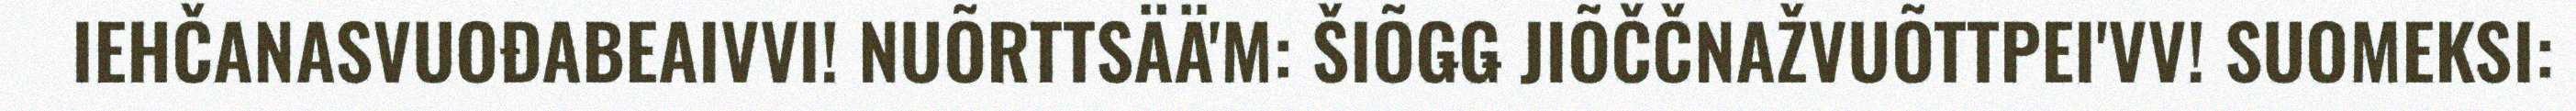
IEHČANASVUOĐABEAIVVI! NUÕRTTSÄÄ'M: ŠIÕǤǤ JIÕČČNAŽVUÕTTPEI'VV! SUOMEKSI: